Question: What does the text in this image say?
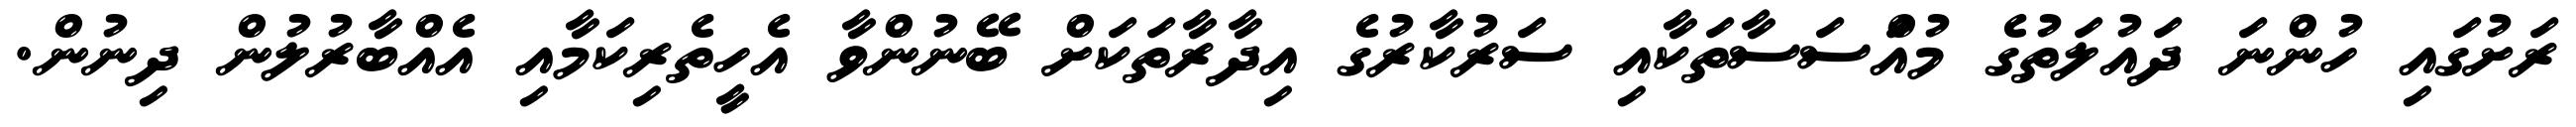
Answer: ރަށުގައި ހުންނަ ދައުލަތުގެ މުއަްސަސާތަކާއި ސަރުކާރުގެ އިދާރާތަކަށް ބޭނުންވާ އެހީތެރިކަމާއި އެއްބާރުލުން ދިނުން.